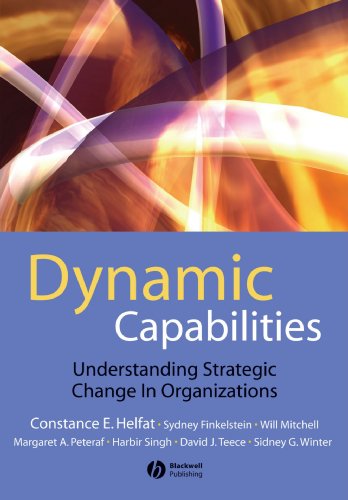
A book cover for Dynamic Capabilities: Understanding Strategic Change in Organizations; Constance E. Helfat; Business & Money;